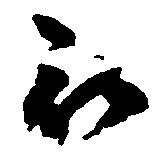
被